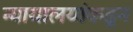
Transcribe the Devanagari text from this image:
न्यायालयांकडून